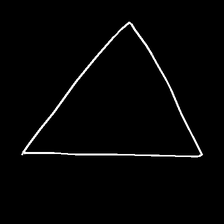
Glyph: convergence